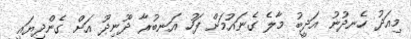
މިއަދު ހެނދުނު އަދީބު މާލެ ގެނައުމަށް ފަހު އަނބުރާ ދޫނިދޫ އަށް ގެންދިޔައީ